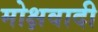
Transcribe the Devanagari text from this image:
मोक्षवादी